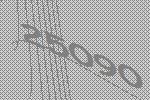
25090